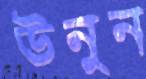
উনুন